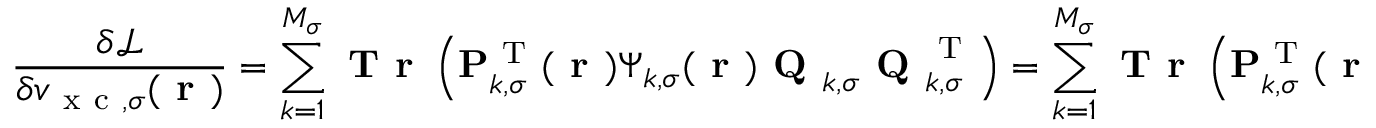
\frac { \delta \mathcal { L } } { \delta v _ { \mathrm { ~ x ~ c ~ } , \sigma } ( \boldsymbol { \textbf { r } } ) } = \sum _ { k = 1 } ^ { M _ { \sigma } } \textbf { T r } \left( \mathbf { P } _ { k , \sigma } ^ { \mathrm { ~ T ~ } } ( \boldsymbol { \textbf { r } } ) \boldsymbol { \Psi } _ { k , \sigma } ( \boldsymbol { \textbf { r } } ) \textbf { Q } _ { k , \sigma } \textbf { Q } _ { k , \sigma } ^ { \mathrm { ~ T ~ } } \right) = \sum _ { k = 1 } ^ { M _ { \sigma } } \textbf { T r } \left( \mathbf { P } _ { k , \sigma } ^ { \mathrm { ~ T ~ } } ( \boldsymbol { \textbf { r } } ) \boldsymbol { \Psi } _ { k , \sigma } ( \boldsymbol { \textbf { r } } ) \right) \, .